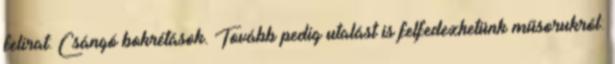
felirat: Csángó bokrétások. Tovább pedig utalást is felfedezhetünk műsorukról: